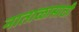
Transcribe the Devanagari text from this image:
नाताळासाठी